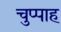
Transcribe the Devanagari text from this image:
चुप्पाह